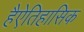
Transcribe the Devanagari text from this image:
हैऐतिहासिक